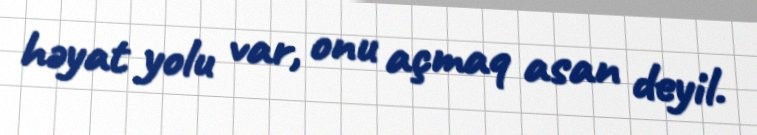
həyat yolu var, onu açmaq asan deyil.